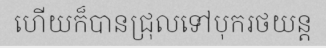
ហើយក៏បានជ្រុលទៅបុករថយន្ត